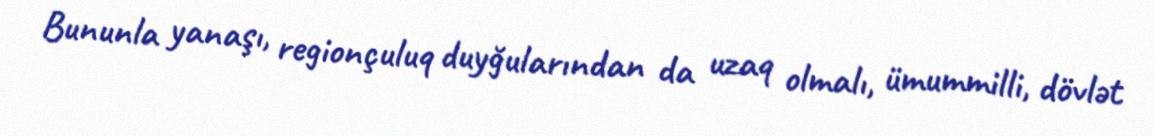
Bununla yanaşı, regionçuluq duyğularından da uzaq olmalı, ümummilli, dövlət